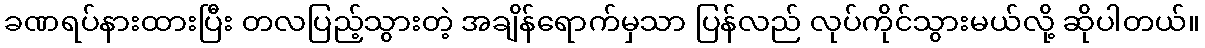
ခဏရပ်နားထားပြီး တလပြည့်သွားတဲ့ အချိန်ရောက်မှသာ ပြန်လည် လုပ်ကိုင်သွားမယ်လို့ ဆိုပါတယ်။